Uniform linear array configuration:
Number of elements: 4
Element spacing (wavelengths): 0.25
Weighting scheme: exponential
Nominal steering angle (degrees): -45
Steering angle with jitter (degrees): -44.78
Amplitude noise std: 0.05
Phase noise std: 0.05

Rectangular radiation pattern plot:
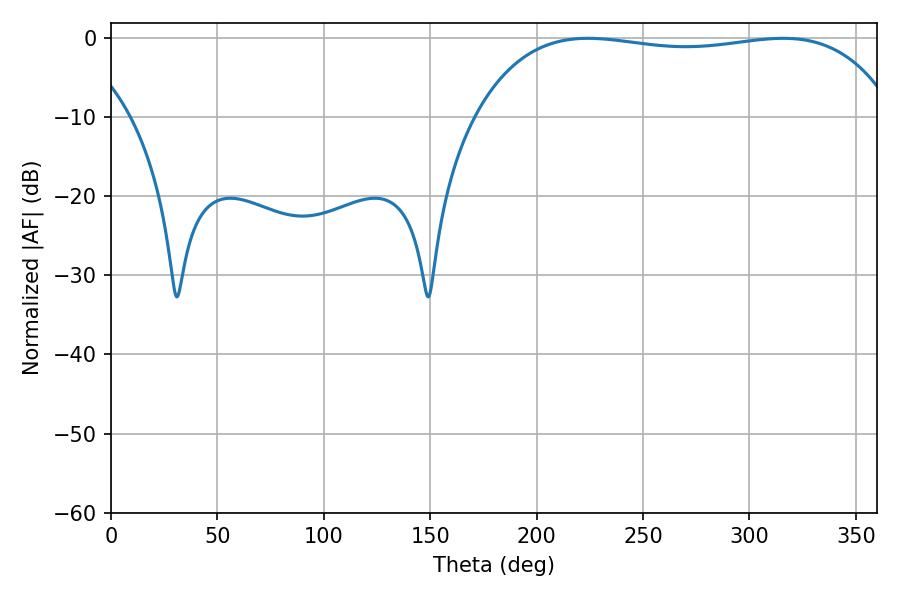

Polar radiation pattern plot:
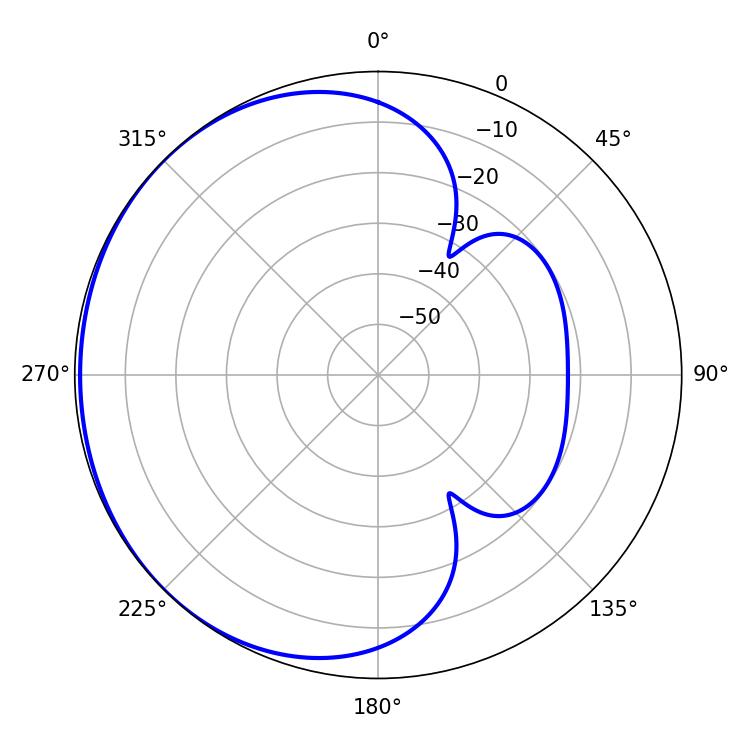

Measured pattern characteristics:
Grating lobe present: FALSE
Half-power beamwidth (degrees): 157.68
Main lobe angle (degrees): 224.1